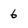
Character: 6